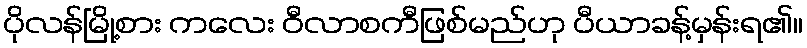
ပိုလန်မြို့စား ကလေး ဝီလာစကီဖြစ်မည်ဟု ပီယာခန့်မှန်းရ၏။